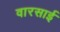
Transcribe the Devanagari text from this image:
वारसाई